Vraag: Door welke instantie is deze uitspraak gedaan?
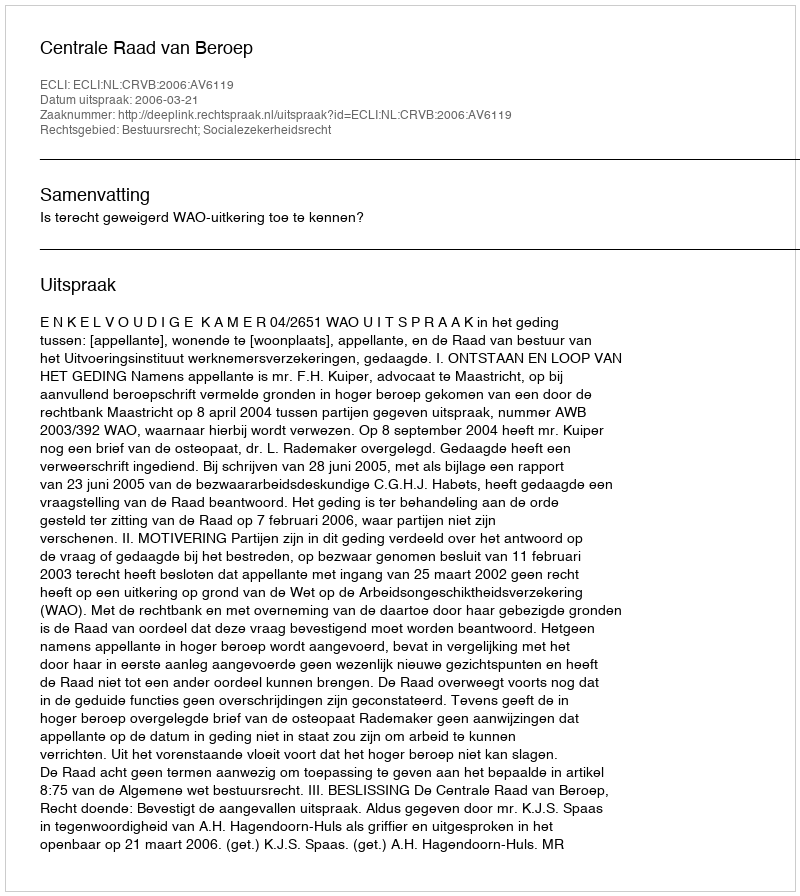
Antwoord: Centrale Raad van Beroep